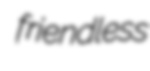
friendless